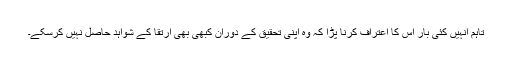
تاہم انہیں کئی بار اس کا اعتراف کرنا پڑا کہ وہ اپنی تحقیق کے دوران کبھی بھی ارتقا کے شواہد حاصل نہیں کرسکے۔